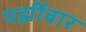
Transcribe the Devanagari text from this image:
पर्झीबार